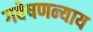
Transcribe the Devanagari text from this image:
गवेषणन्याय